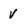
Character: V